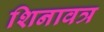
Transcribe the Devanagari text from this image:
शिनावत्र